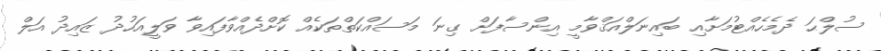
ސުލްޙަ ދެމެހެއްޓުމަށާއި ބައިނަލްއަޤްވާމީ އިންސާފަށް ގިނަ މަސައްކަތްތަކެއް ކޮށްދެއްވާފައިވާ ވަލީއަހުދު ޒައިދު އަލް